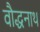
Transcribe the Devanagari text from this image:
वौद्धनाथ